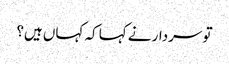
تو سردار نے کہا کہ کہاں ہیں؟